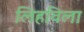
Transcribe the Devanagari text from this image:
लिहविला